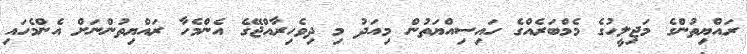
ރައްޔިތުންގެ މަޖިލީހުގެ މެމްބަރެއްގެ ހައިސިއްޔަތުން މިއަދު މި ދިވެހިރާއްޖޭގެ އެންމެހާ ރައްޔިތުންނަށް އެންމެހައި